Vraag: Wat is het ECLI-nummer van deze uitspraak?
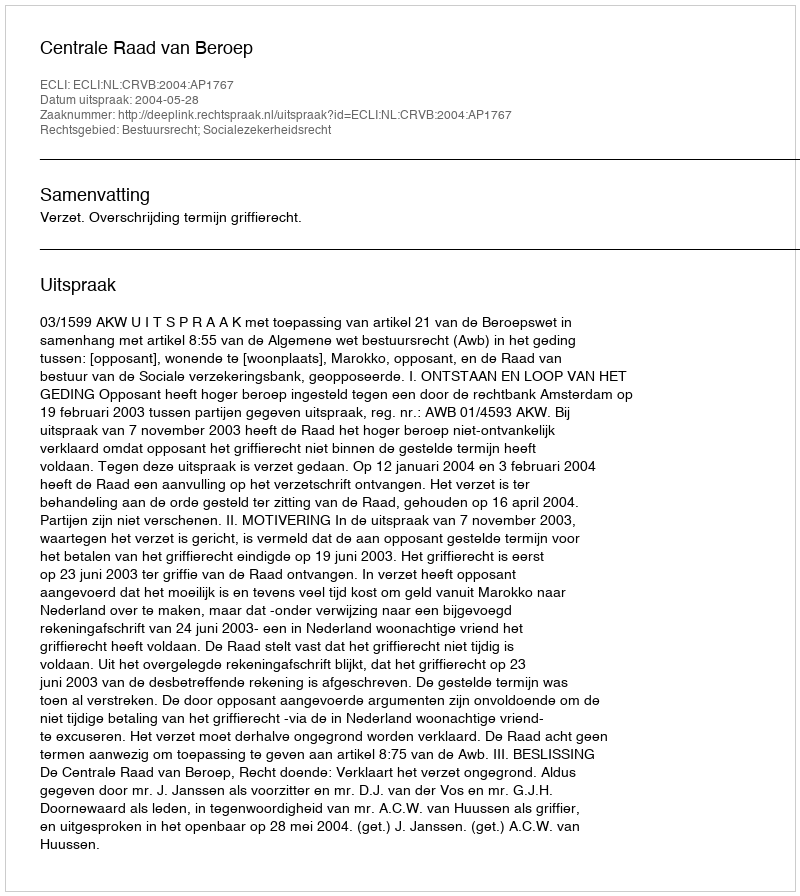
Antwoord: ECLI:NL:CRVB:2004:AP1767